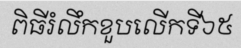
ពិធីរំលឹកខួបលើកទី៦៥